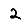
Digit: 2